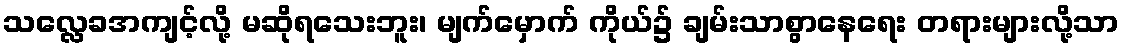
သလ္လေခအကျင့်လို့ မဆိုရသေးဘူး၊ မျက်မှောက် ကိုယ်၌ ချမ်းသာစွာနေရေး တရားများလို့သာ